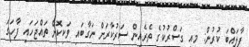
ފާލައްބަ ކުރުން: މިއީ ގަސްރުކުގެ ތެރެއިން ސަރުކާރަށް ނަގާބައި ވަކިކޮށް ތައްޖަހައި ފާހަގަ